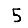
Digit: 5